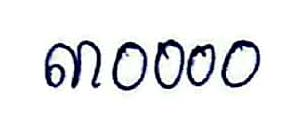
៣០០០០